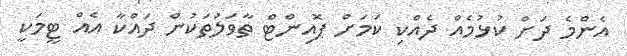
އެންމެ ދަށް ކުޅުމެއް ދެއްކި ކަމަށް ޕޮއިންޓް ތާވަލުތަކުން ދައްކާ އެއް ޓީމަކީ